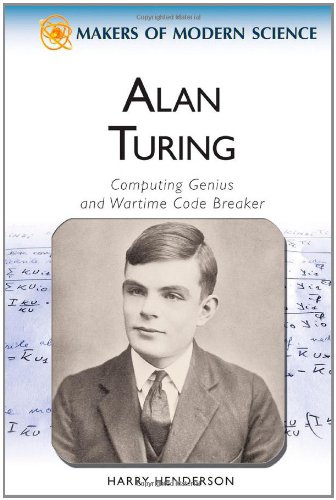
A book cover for Alan Turing: Computing Genius and Wartime Code Breaker (Makers of Modern Science); Harry Henderson; Teen & Young Adult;